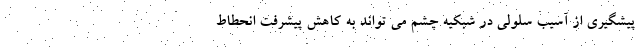
پیشگیری از آسیب سلولی در شبکیه چشم می تواند به کاهش پیشرفت انحطاط